Sleeping sickness
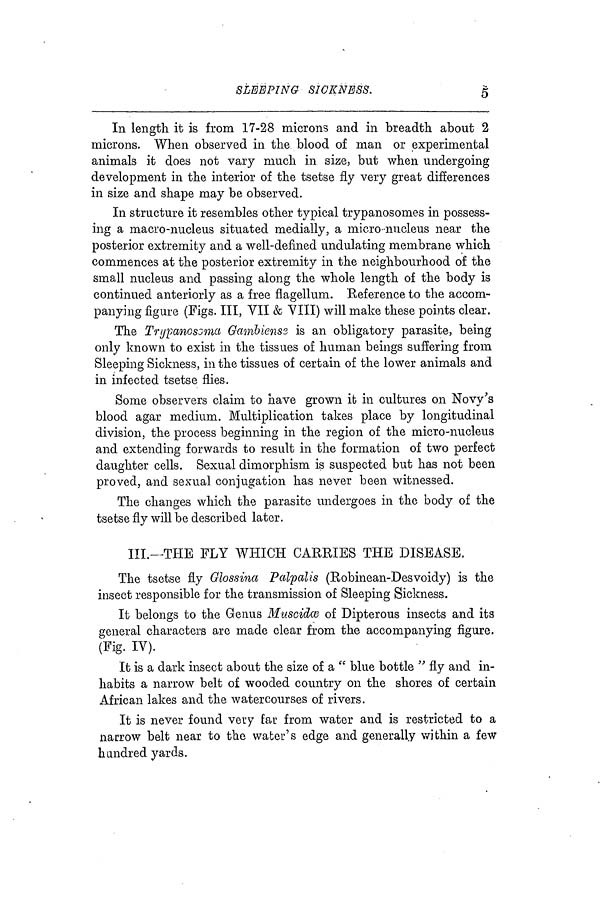
SLEEPING SICKNESS.
5
In length it is from 17-28 microns and in breadth about 2
microns. When observed in the blood of man or experimental
animals it does not vary much in size, but when undergoing
development in the interior of the tsetse fly very greab differences
in size and shape may be observed.
In structure it resembles other typical trypanosomes in possess-
ing a macro-nucleus situated medially, a micro-nucleus near the
posterior extremity and a well-defined undulating membrane which
commences at the posterior extremity in the neighbourhood of the
small nucleus and passing along the whole length of the body is
continued anteriorly as a free flagellum. Reference to the accom-
panying figure (Figs. Ill, VII & Vili) will make these points clear.
The Trypanosoma Gambienss is an obligatory parasite, being
only known to exist in the tissues of human beings suffering from
Sleeping Sickness, in the tissues of certain of the lower animals and
in infected tsetse flies.
Some observers claim to have grown it in cultures on Novy's
blood agar medium. Multiplication takes place by longitudinal
division, the process beginning in the region of the micro-nucleus
and extending forwards to result in the formation of two perfect
daughter cells. Sexual dimorphism is suspected but has not been
proved, and sexual conjugation has never been witnessed.
The changes which the parasite undergoes in the body of the
tsetse fly will be described later.
III.—THE FLY WHICH CARRIES THE DISEASE,
The tsetse fly Glossina Palpalis (Robinean-Desvoidy) is the
insect responsible for the transmission of Sleeping Sickness.
It belongs to the Genus Mv.sddæ of Dipterous insects and its
general characters are made clear from the accompanying figure.
(Fig. IV).
It is a dark insect about the size of a " blue bottle " fly and in-
habits a narrow belt of wooded country on the shores of certain
African lakes and the watercourses of rivers.
It is never found very Ear from water and is restricted to a
nacrow belt near to the water's edge and generally within a few
hundred yards.